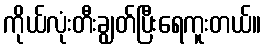
ကိုယ်လုံးတီးချွတ်ပြီးရေကူးတယ်။